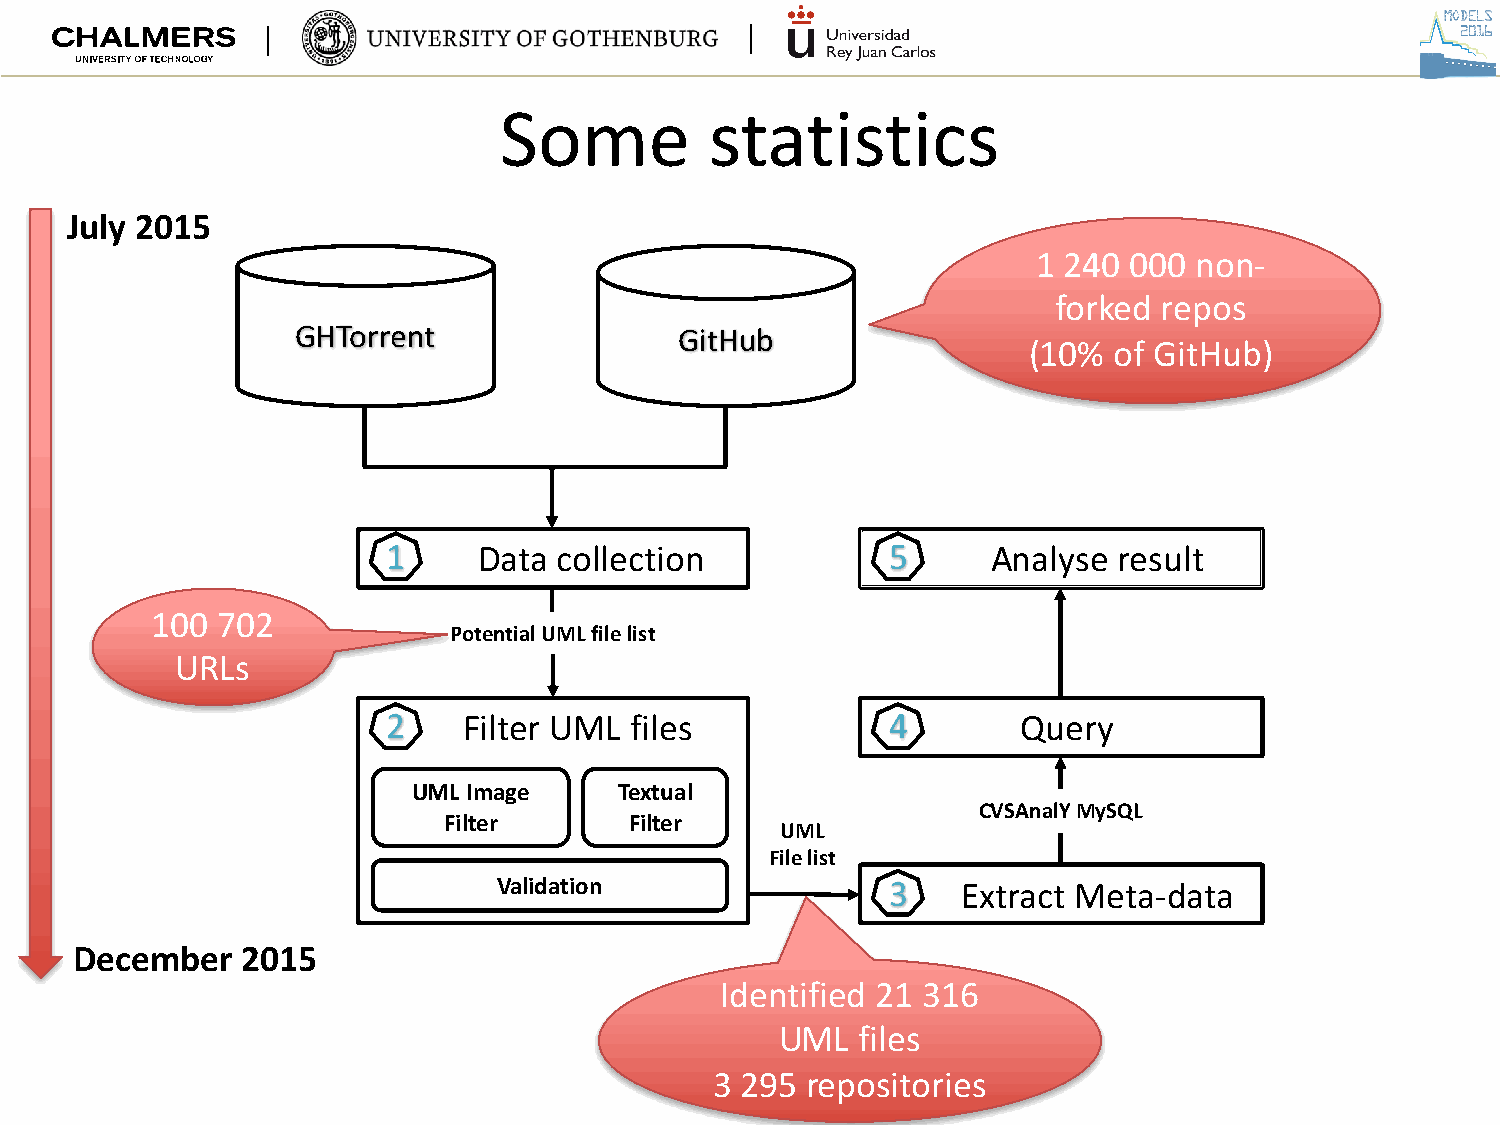
Some          statistics
 July 2015
 1 240 000 non-
 forked repos
 GHTorrent                GitHub
 (10%  of GitHub)
 1     Data collection            5      Analyse result
 100 702
 Potential UML file list
 URLs
 2    Filter UML files            4        Query
 UML Image     Textual
 CVSAnalYMySQL
 Filter       Filter
 UML
 File list
 Validation                3    Extract Meta-data
 December   2015
 Identified 21 316
 UML  files
 3 295 repositories